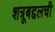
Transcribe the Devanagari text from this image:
शत्रूबद्दलची